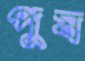
পুষ